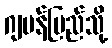
ဂျပန်ပြည်သို့